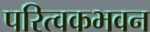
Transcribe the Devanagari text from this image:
परित्वकभवन